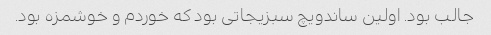
جالب بود. اولین ساندویچ سبزیجاتی بود که خوردم و خوشمزه بود.